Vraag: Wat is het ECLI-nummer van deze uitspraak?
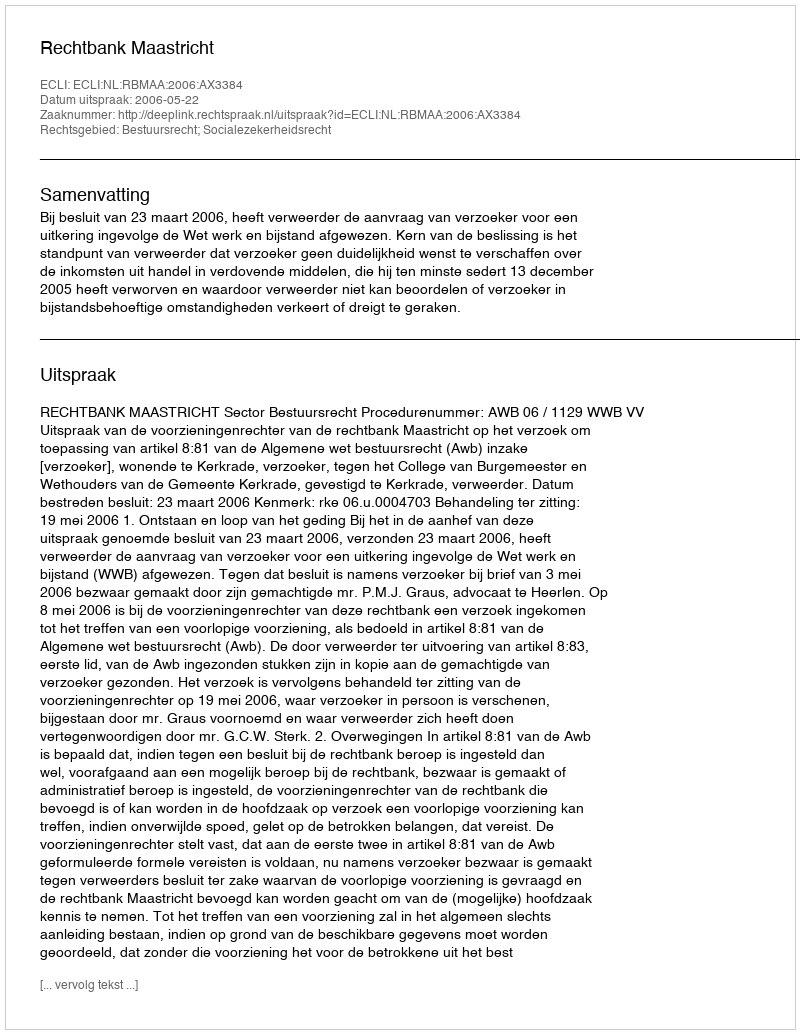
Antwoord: ECLI:NL:RBMAA:2006:AX3384